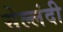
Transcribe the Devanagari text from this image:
सेल्लंदी